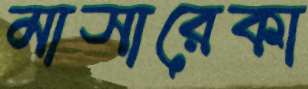
মাসারেকা